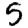
Digit: 5